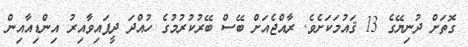
ގޮތަށް ދުނިޔޭގެ 13 ޤައުމަކަށެވެ. ރާއްޖެއަށް ބޭސް ބޭރުކުރުމުގެ ހުއްދަ ދީފައިވާއިރު އިންޑިއާއިން